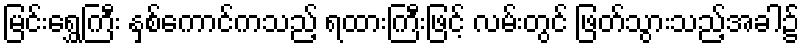
မြင်းရွှေကြီး နှစ်ကောင်ကသည့် ရထားကြီးဖြင့် လမ်းတွင် ဖြတ်သွားသည့်အခါ၌